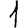
Digit: 1